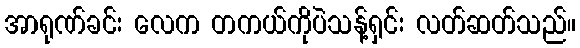
အာရုဏ်ခင်း လေက တကယ်ကိုပဲသန့်ရှင်း လတ်ဆတ်သည်။